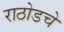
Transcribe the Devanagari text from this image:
राठोडचे